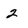
Character: 2